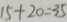
1 5 + 2 0 = 3 5